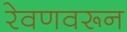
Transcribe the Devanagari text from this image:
रेवणवरून